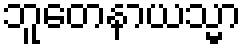
ဘူတေနာယသ္မာ